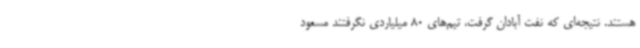
هستند. نتیجه‌ای که نفت آبادان گرفت، تیم‌های 80 میلیاردی نگرفتند مسعود